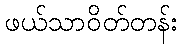
ဖယ်သာဝိတ်တန်း